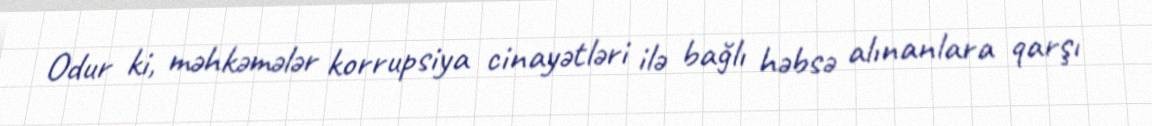
Odur ki, məhkəmələr korrupsiya cinayətləri ilə bağlı həbsə alınanlara qarşı